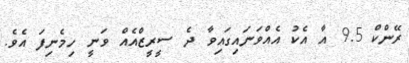
ރޭންކް 9.5 އާ އެކު އެއްވަނައިގައިވާ ދެ ސީރީޒްއެއް ވަނީ ހިމެނިފަ އެވެ.